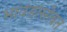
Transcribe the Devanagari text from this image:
भावंडांसोबत